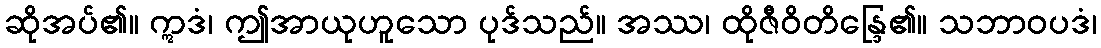
ဆိုအပ်၏။ ဣဒံ၊ ဤအာယုဟူသော ပုဒ်သည်။ အဿ၊ ထိုဇီဝိတိန္ဒြေ၏။ သဘာဝပဒံ၊